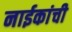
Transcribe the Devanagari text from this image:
नाईकांची